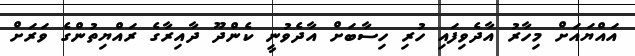
އައްޔައަށް މިހާރު އާދެވިފައި ހުރި ހިސާބަށް އާދެވުނީ ކެންދޫ ދާއިރާގެ ރައްޔިތުންގެ ވަރަށް